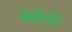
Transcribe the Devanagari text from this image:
फकिरांवर